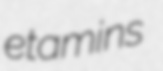
etamins